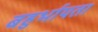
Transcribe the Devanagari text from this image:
बहुर्भायता